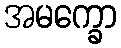
အမက္ခော